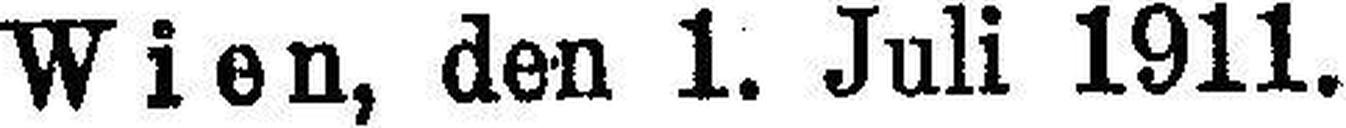
Wien, den 1. Juli 1911.